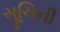
સૂચિની